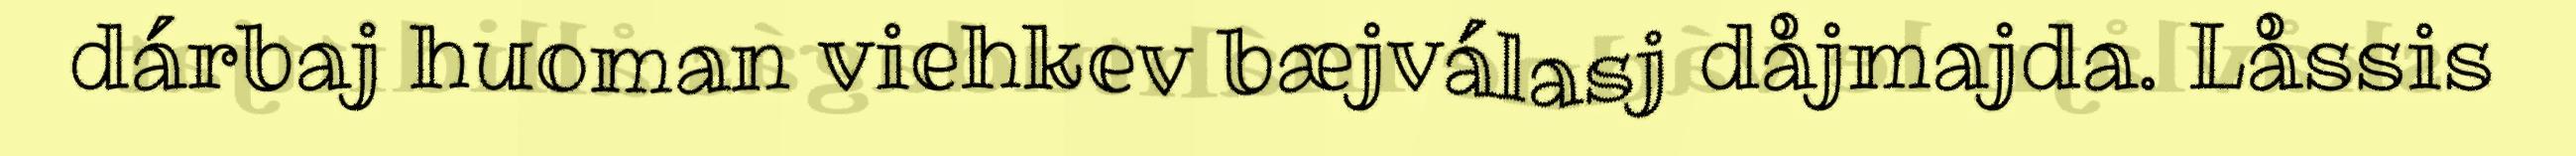
dárbaj huoman viehkev bæjválasj dåjmajda. Låssis